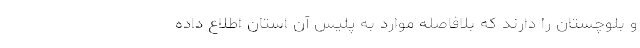
و بلوچستان را دارند که بلافاصله موارد به پلیس آن استان اطلاع داده